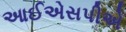
આઈએસપીએ